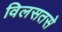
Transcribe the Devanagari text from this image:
विलसतसे